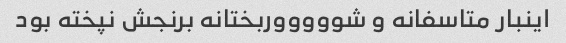
اینبار متاسفانه و شوووووربختانه برنجش نپخته بود